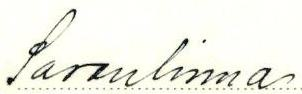
Savonlinna